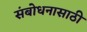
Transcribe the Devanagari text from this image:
संबोधनासाठी